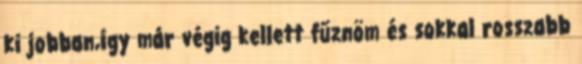
ki jobban,így már végig kellett fűznöm és sokkal rosszabb